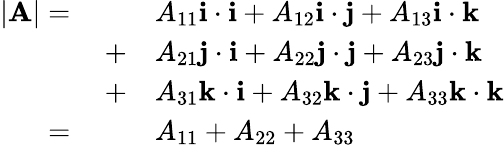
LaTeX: {\begin{array}{rl}{|\mathbf{A}|=\qquad}&{A_{11}\mathbf{i}\cdot\mathbf{i}+A_{12}\mathbf{i}\cdot\mathbf{j}+A_{13}\mathbf{i}\cdot\mathbf{k}}\\ {+}&{A_{21}\mathbf{j}\cdot\mathbf{i}+A_{22}\mathbf{j}\cdot\mathbf{j}+A_{23}\mathbf{j}\cdot\mathbf{k}}\\ {+}&{A_{31}\mathbf{k}\cdot\mathbf{i}+A_{32}\mathbf{k}\cdot\mathbf{j}+A_{33}\mathbf{k}\cdot\mathbf{k}}\\ {=\qquad}&{A_{11}+A_{22}+A_{33}}\end{array}}